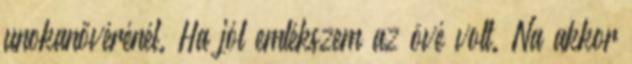
unokanővérénél. Ha jól emlékszem az övé volt. Na akkor